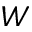
\boldsymbol { W }